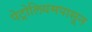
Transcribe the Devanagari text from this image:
पेट्रोलियमपासून